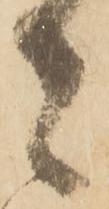
者